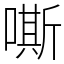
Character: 嘶